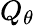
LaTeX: Q_{\theta}